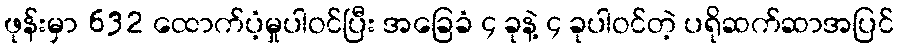
ဖုန်းမှာ 632 ထောက်ပံ့မှုပါဝင်ပြီး အခြေခံ ၄ ခုနဲ့ ၄ ခုပါဝင်တဲ့ ပရိုဆက်ဆာအပြင်